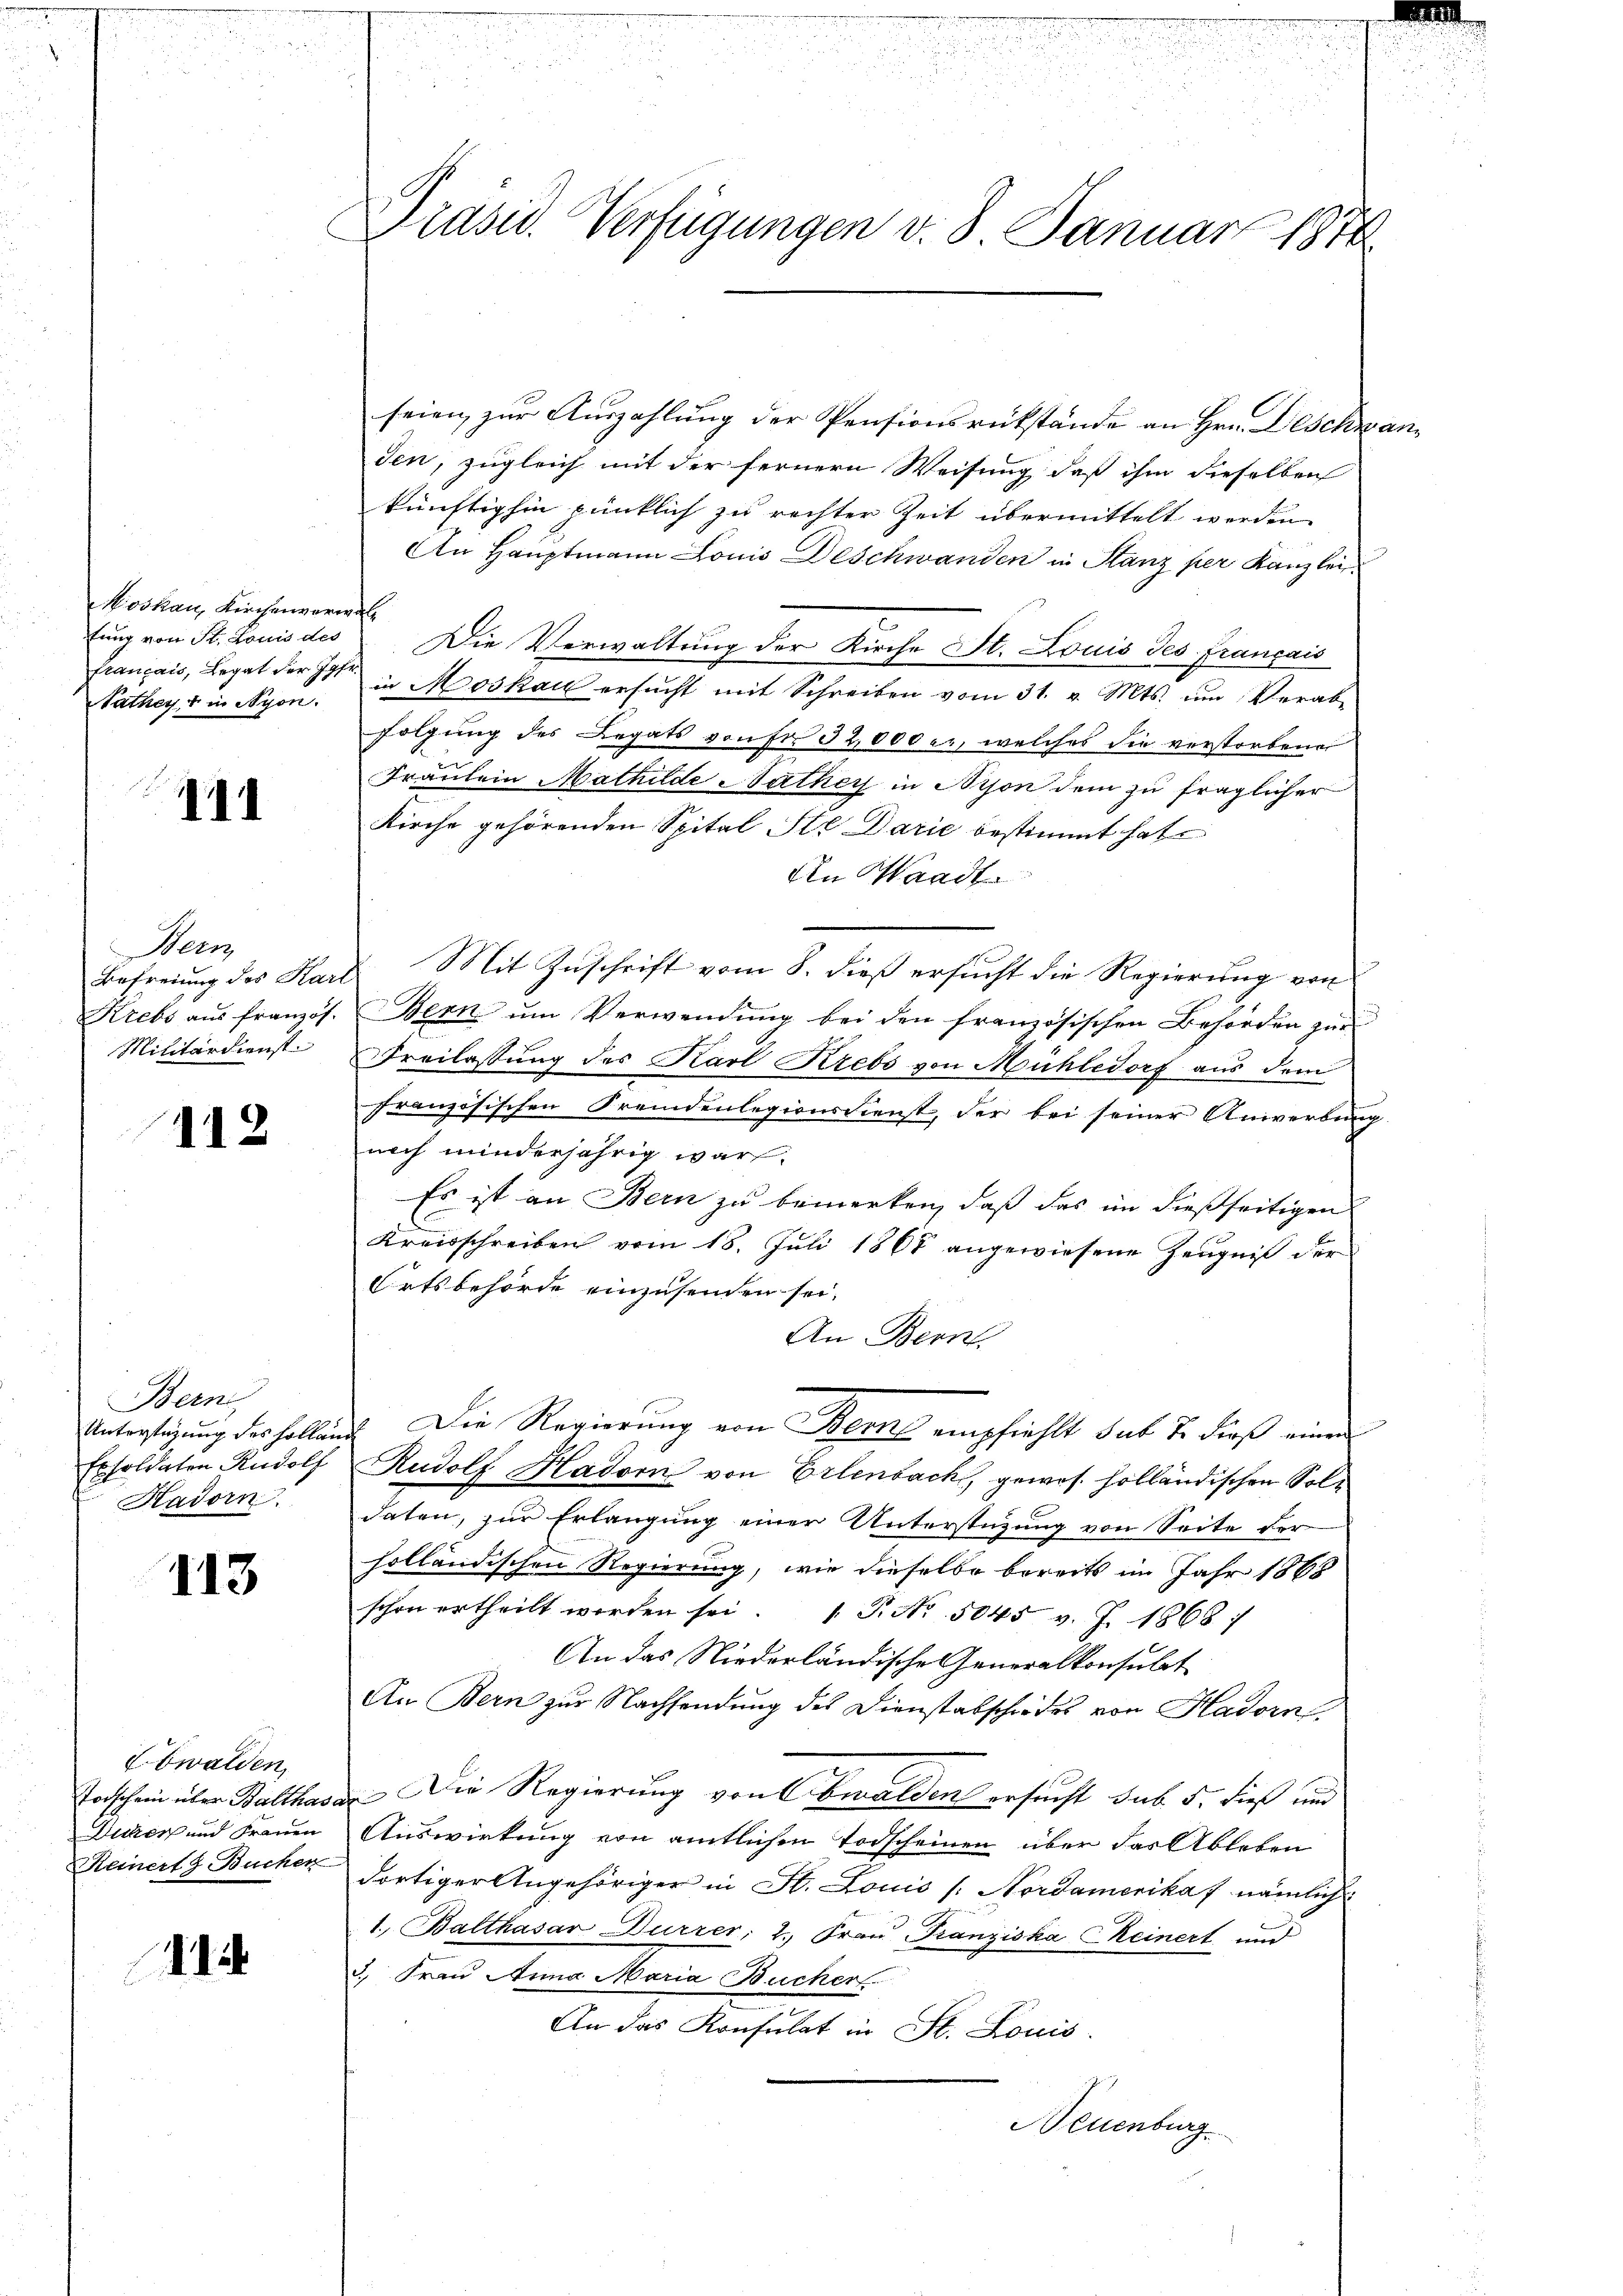
Koskau, Kirchenverwalfung von St. Louis des
français, Legat der Jose
Rathey, in Nyon.

111

Bern
Krebs aus französ.

412

Bern,
Exsoldaten Rudolf
Kadorn

113

Ebwalden,
Torschein über Balthasa
Duker und Frauen
Keinert & Bucher

11

Präsid. Verfügungen v. 8. Januar 187

seien zur Auszahlung der Pensionsrückstände an Hrn. Deschwanden, zugleich mit der fernern Weisung, daß ihm dieselben
künftighin pünklich zu rechter Zeit übermittelt werden
An Hauptmann Louis Deschwanden in Stanz per Kanzley¬
Die Verwaltung der Kirche St. Louis des Français
in Moskau ersŭcht mit Schreiben vom 31. v. Mts. im Verab-
folgung des Legats von Fr. 32,000 er, welches die verstorbene
Fräulein Mathilde Nathey in Bison dem zu fraglicher
Kirche gehörenden Spital Ste Darić bestimmt hat.
An Waadt
Befreiung des Hard Mit Zŭschrift vom 8. dieβ ersŭcht die Regierŭng von
Bern um Verwendung bei den französischen Behörden zur
Militärdienste Freilassung des Karl Krebs von Mühledorf aus dem
französischen Fremdenlegionsdienst, der bei seiner Anwerbung
noch minderjährig war.
Es ist an Bern zu bemerken, daß das im dießseitigen
Kreisschreiben vom 18. Juli 1868 angewiesene Zeugniß der
Ortsbehörde einzusenden sei.
An Bern
Unterstüzung des hollen Die Regierung von Bern empfiehlt sub 7. dieß einen
Rudolf Hadorn von Erlenbach, gewes holländischen Soldaten, zur Erlangung einer Unterstüzung von Seite der
holländischen Regierung, wie dieselbe bereits im Jahr 1868
schon ertheilt worden sei. P. Nr. 5045 v. J. 1868)
An das Niederländische Generalkonsulat
An Bern zur Nachsendung des Dienstabschiedes von Hadorn
Die Regierung von Obwalden ersucht sub. 5. dieß und
Auswirkung von amtlichen Todscheinen über das Ableben
dortiger Angehöriger in St. Louis /: Nordamerikaf nämlich
1. Balthasar Durrer, 2. Frau Franziska Keinert und
3.) Frau Anna Maria Bucher
An das Konsulat in St. Louis
Neuenburg